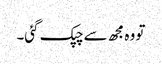
تو وہ مجھ سے چپک گئی۔